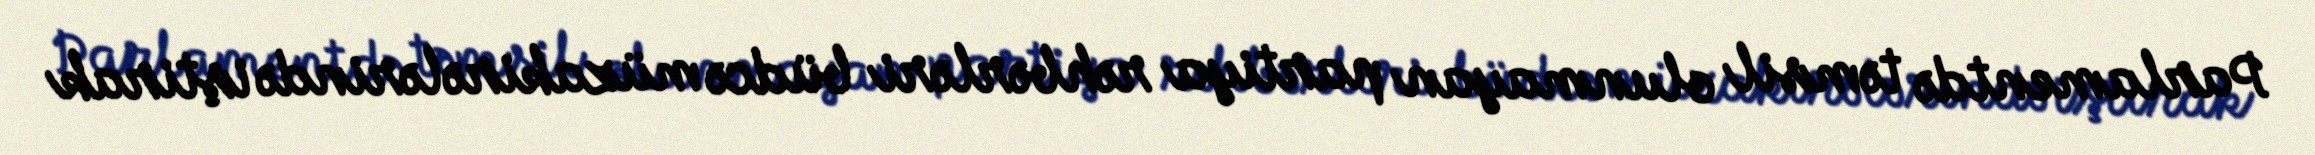
Parlamentdə təmsil olunmayan partiya rəhbərləri büdcə müzakirələrində iştirak